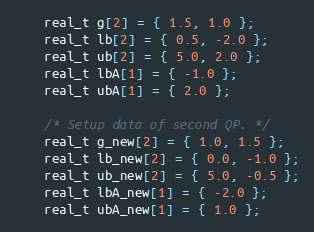
Language: C++
	real_t g[2] = { 1.5, 1.0 };
	real_t lb[2] = { 0.5, -2.0 };
	real_t ub[2] = { 5.0, 2.0 };
	real_t lbA[1] = { -1.0 };
	real_t ubA[1] = { 2.0 };

	/* Setup data of second QP. */
	real_t g_new[2] = { 1.0, 1.5 };
	real_t lb_new[2] = { 0.0, -1.0 };
	real_t ub_new[2] = { 5.0, -0.5 };
	real_t lbA_new[1] = { -2.0 };
	real_t ubA_new[1] = { 1.0 };